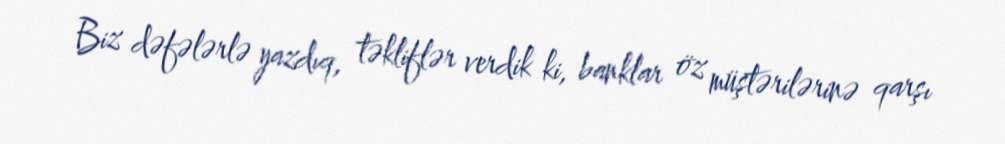
Biz dəfələrlə yazdıq, təkliflər verdik ki, banklar öz müştərilərinə qarşı